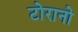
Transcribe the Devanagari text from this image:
टोरानो